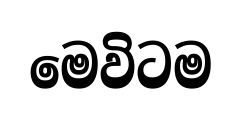
මෙවිටම